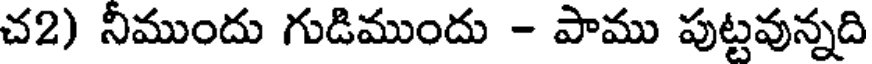
చ2) నీముందు గుడిముందు - పాము పుట్టవున్నది